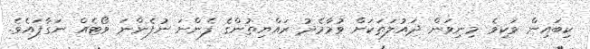
ކިބައިން ވަކިވެ މިނިވަން ދައުލަތަކަށް ވުމާމެދު ރައްޔިތުންގެ ފެންނަ ނުފެންނަ ވޯޓެއް ނަގާފައެވެ.